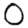
Digit: 0